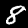
Label: 8